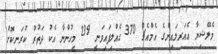
މެލޭޝިޔާ އެއަރލައިންގެ އެމްއެޗް 370 ގެއްލިފައިވަނީ 239 މީހުންނާ އެކު ދަތުރު ކުރަނިކޮށް